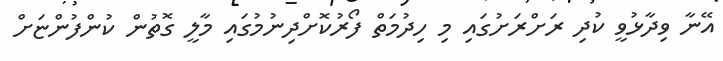
އޭނާ ވިދާޅުވީ ކުދި ރަށްރަށުގައި މި ހިދުމަތް ފޯރުކޮށްދިނުމުގައި މާލީ ގޮތުން ކުންފުންޏަށް